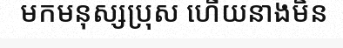
មកមនុស្សប្រុស ហើយនាងមិន